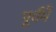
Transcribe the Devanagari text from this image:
पूर्वमें